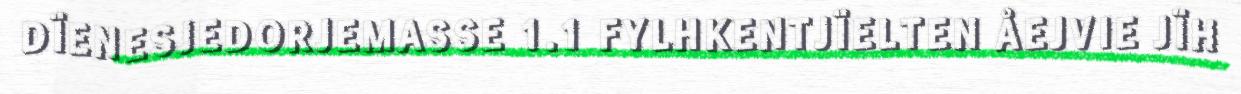
DÏENESJEDORJEMASSE 1.1 FYLHKENTJÏELTEN ÅEJVIE JÏH